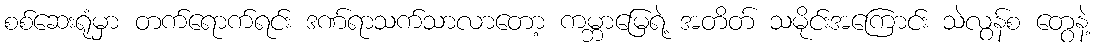
စစ်ဆေးရုံမှာ တက်ရောက်ရင်း ဒဏ်ရာသက်သာလာတော့ ကမ္ဘာမြေရဲ့ အတိတ် သမိုင်းအကြောင်း သဲလွန်စ တွေနဲ့